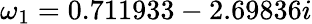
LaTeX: \omega_{1}=0.711933-2.69836i